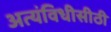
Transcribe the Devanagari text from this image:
अत्यंविधीसीठी